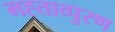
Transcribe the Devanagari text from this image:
मह्ताव्पुरण